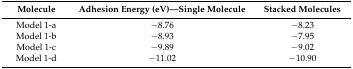
<table><thead><tr><td><b>Molecule</b></td><td><b>Adhesion Energy (eV)—Single Molecule</b></td><td><b>Stacked Molecules</b></td></tr></thead><tbody><tr><td>Model 1-a</td><td>−8.76</td><td>−8.23</td></tr><tr><td>Model 1-b</td><td>−8.93</td><td>−7.95</td></tr><tr><td>Model 1-c</td><td>−9.89</td><td>−9.02</td></tr><tr><td>Model 1-d</td><td>−11.02</td><td>−10.90</td></tr></tbody></table>